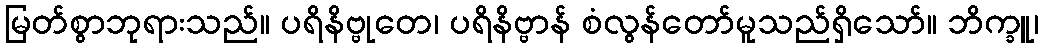
မြတ်စွာဘုရားသည်။ ပရိနိဗ္ဗုတေ၊ ပရိနိဗ္ဗာန် စံလွန်တော်မူသည်ရှိသော်။ ဘိက္ခူ၊